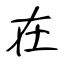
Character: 在